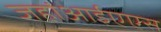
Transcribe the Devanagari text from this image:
जहांआईएएस